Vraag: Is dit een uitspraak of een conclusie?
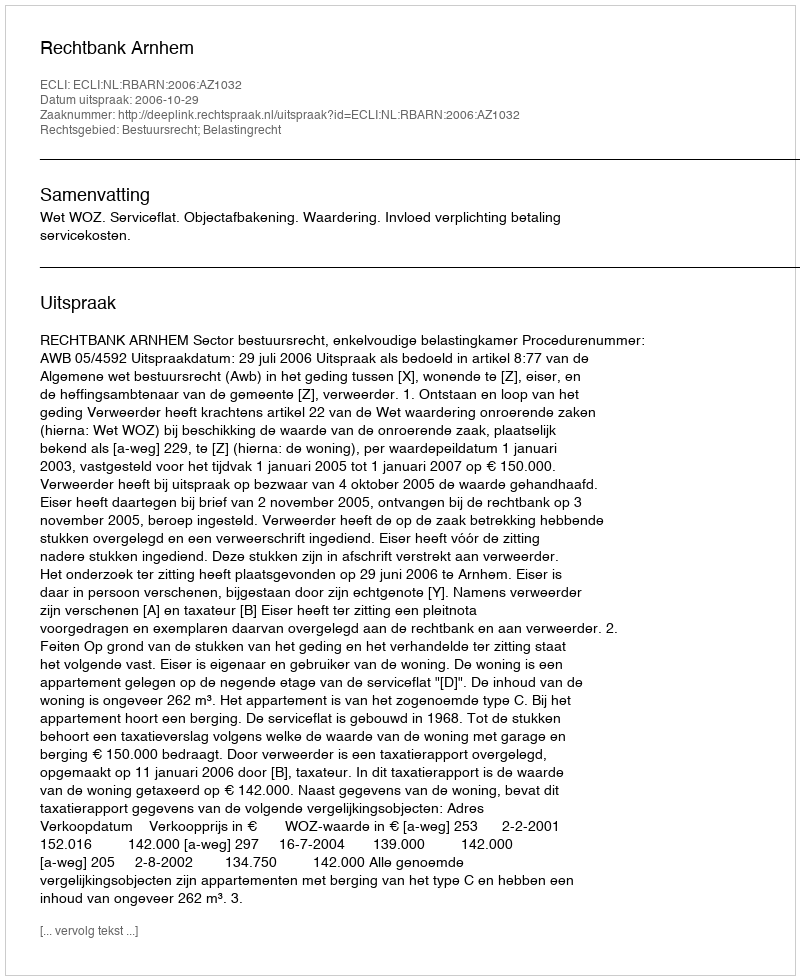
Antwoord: Uitspraak